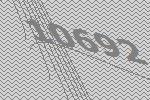
10692